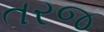
તરજ